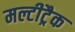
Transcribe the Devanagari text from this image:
मल्टीट्रैक